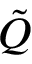
\tilde { Q }